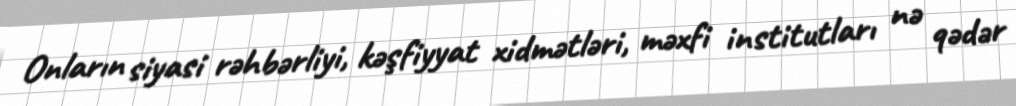
Onların siyasi rəhbərliyi, kəşfiyyat xidmətləri, məxfi institutları nə qədər